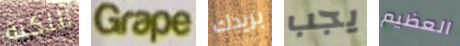
اللكنة Grape بريدك يجب العظيم